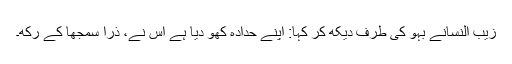
زیب النسانے بہو کی طرف دیکھ کر کہا: اپنے حدادہ کھو دیا ہے اس نے، ذرا سمجھا کے رکھ۔